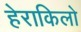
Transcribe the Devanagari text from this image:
हेराकिलो